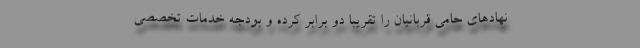
نهادهای حامی قربانیان را تقریبا دو برابر کرده و بودجه خدمات تخصصی